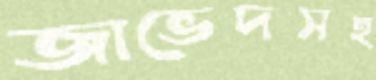
জাভেদসহ